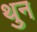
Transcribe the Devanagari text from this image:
थुन